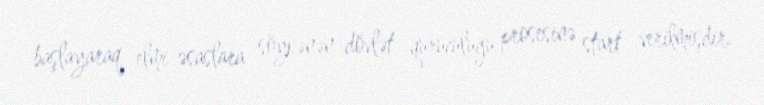
başlayaraq elmi əsaslara söykənən dövlət quruculuğu prosesinə start verilmişdir.